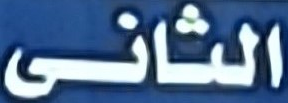
الثانى